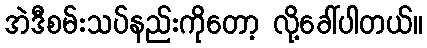
အဲဒီစမ်းသပ်နည်းကိုတော့ လို့ခေါ်ပါတယ်။